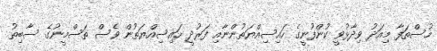
މުސްތަފާ މިއަދު ވިދާޅުވީ ކުންފުނީގެ ހައިސިއްޔަތުންނާއި ފަރުދީ ހައިސިއްޔަތުން ވެސް ތަސްމީނުގެ ސާބިތު